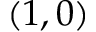
( 1 , 0 )